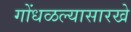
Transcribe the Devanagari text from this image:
गोंधळल्यासारखे